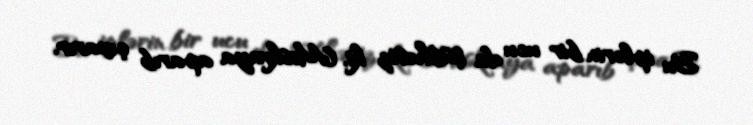
Bu iplərin bir ucu da şübhəsiz ki, Moskvaya aparıb çıxarır.